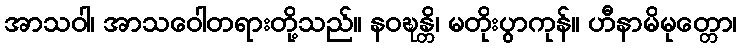
အာသဝါ၊ အာသဝေါတရားတို့သည်။ နဝဍ္ဎန္တိ၊ မတိုးပွာကုန်။ ဟီနာမိမုတ္တော၊